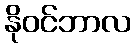
နိုဝင်ဘာလ